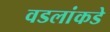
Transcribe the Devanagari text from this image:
वडलांकडे